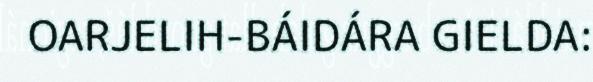
OARJELIH-BÁIDÁRA GIELDA: